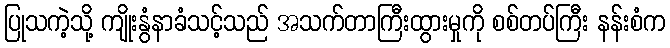
ပြုသကဲ့သို့ ကျိုးနွံနာခံသင့်သည် အသက်တာကြီးထွားမှုကို စစ်တပ်ကြီး နန်းစံက